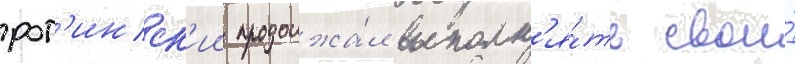
рог'инск'ии продолжа́л выполн'я́ть свои́